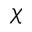
\boldsymbol \chi